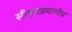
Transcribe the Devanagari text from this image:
सीझरप्रमाणेच